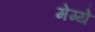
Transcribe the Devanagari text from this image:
मेग्ये